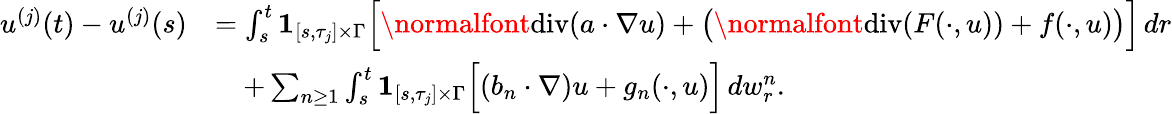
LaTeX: \begin{array}{rl}{u^{(j)}(t)-u^{(j)}(s)}&{=\int_{s}^{t}{{\mathbf 1}}_{[s,\tau_{j}]\times\Gamma}\Big[\normalfont{\mathrm{div}}(a\cdot\nabla u)+\big(\normalfont{\mathrm{div}}(F(\cdot,u))+f(\cdot,u)\big)\Big]\, dr}\\ &{\quad+\sum_{n\geq 1}\int_{s}^{t}{{\mathbf 1}}_{[s,\tau_{j}]\times\Gamma}\Big[(b_{n}\cdot\nabla)u+g_{n}(\cdot,u)\Big]\, dw_{r}^{n}.}\end{array}